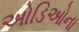
ઓડિઓના